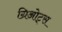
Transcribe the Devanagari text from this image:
ग्रिओट्स